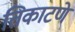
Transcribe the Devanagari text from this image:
तिकाटणे